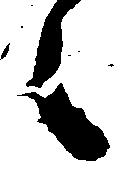
々